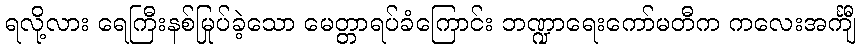
ရလို့လား ရေကြီးနစ်မြုပ်ခဲ့သော မေတ္တာရပ်ခံကြောင်း ဘဏ္ဍာရေးကော်မတီက ကလေးအင်္ကျီ